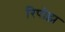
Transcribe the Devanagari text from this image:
रिपोझ